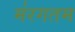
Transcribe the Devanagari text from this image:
म॑रगतम